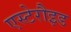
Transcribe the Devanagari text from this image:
एस्टेरौइड